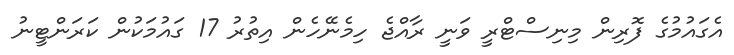
އެގައުމުގެ ފޮރިން މިނިސްޓްރީ ވަނީ ރާއްޖެ ހިމެނޭހެން އިތުރު 17 ގައުމަކުން ކަރަންޓީނު